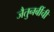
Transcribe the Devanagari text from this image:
जैतुनबींची